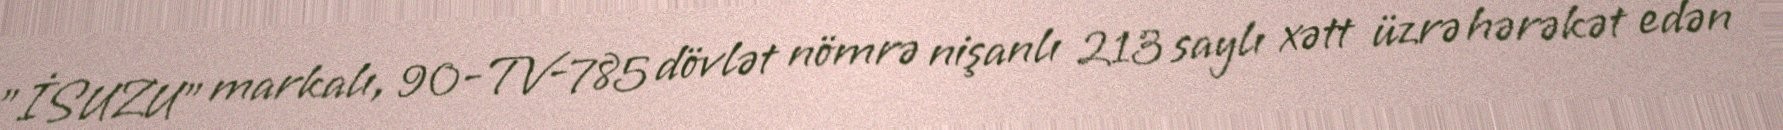
"İSUZU" markalı, 90-TV-785 dövlət nömrə nişanlı 213 saylı xətt üzrə hərəkət edən